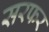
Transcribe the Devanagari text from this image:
सरफर